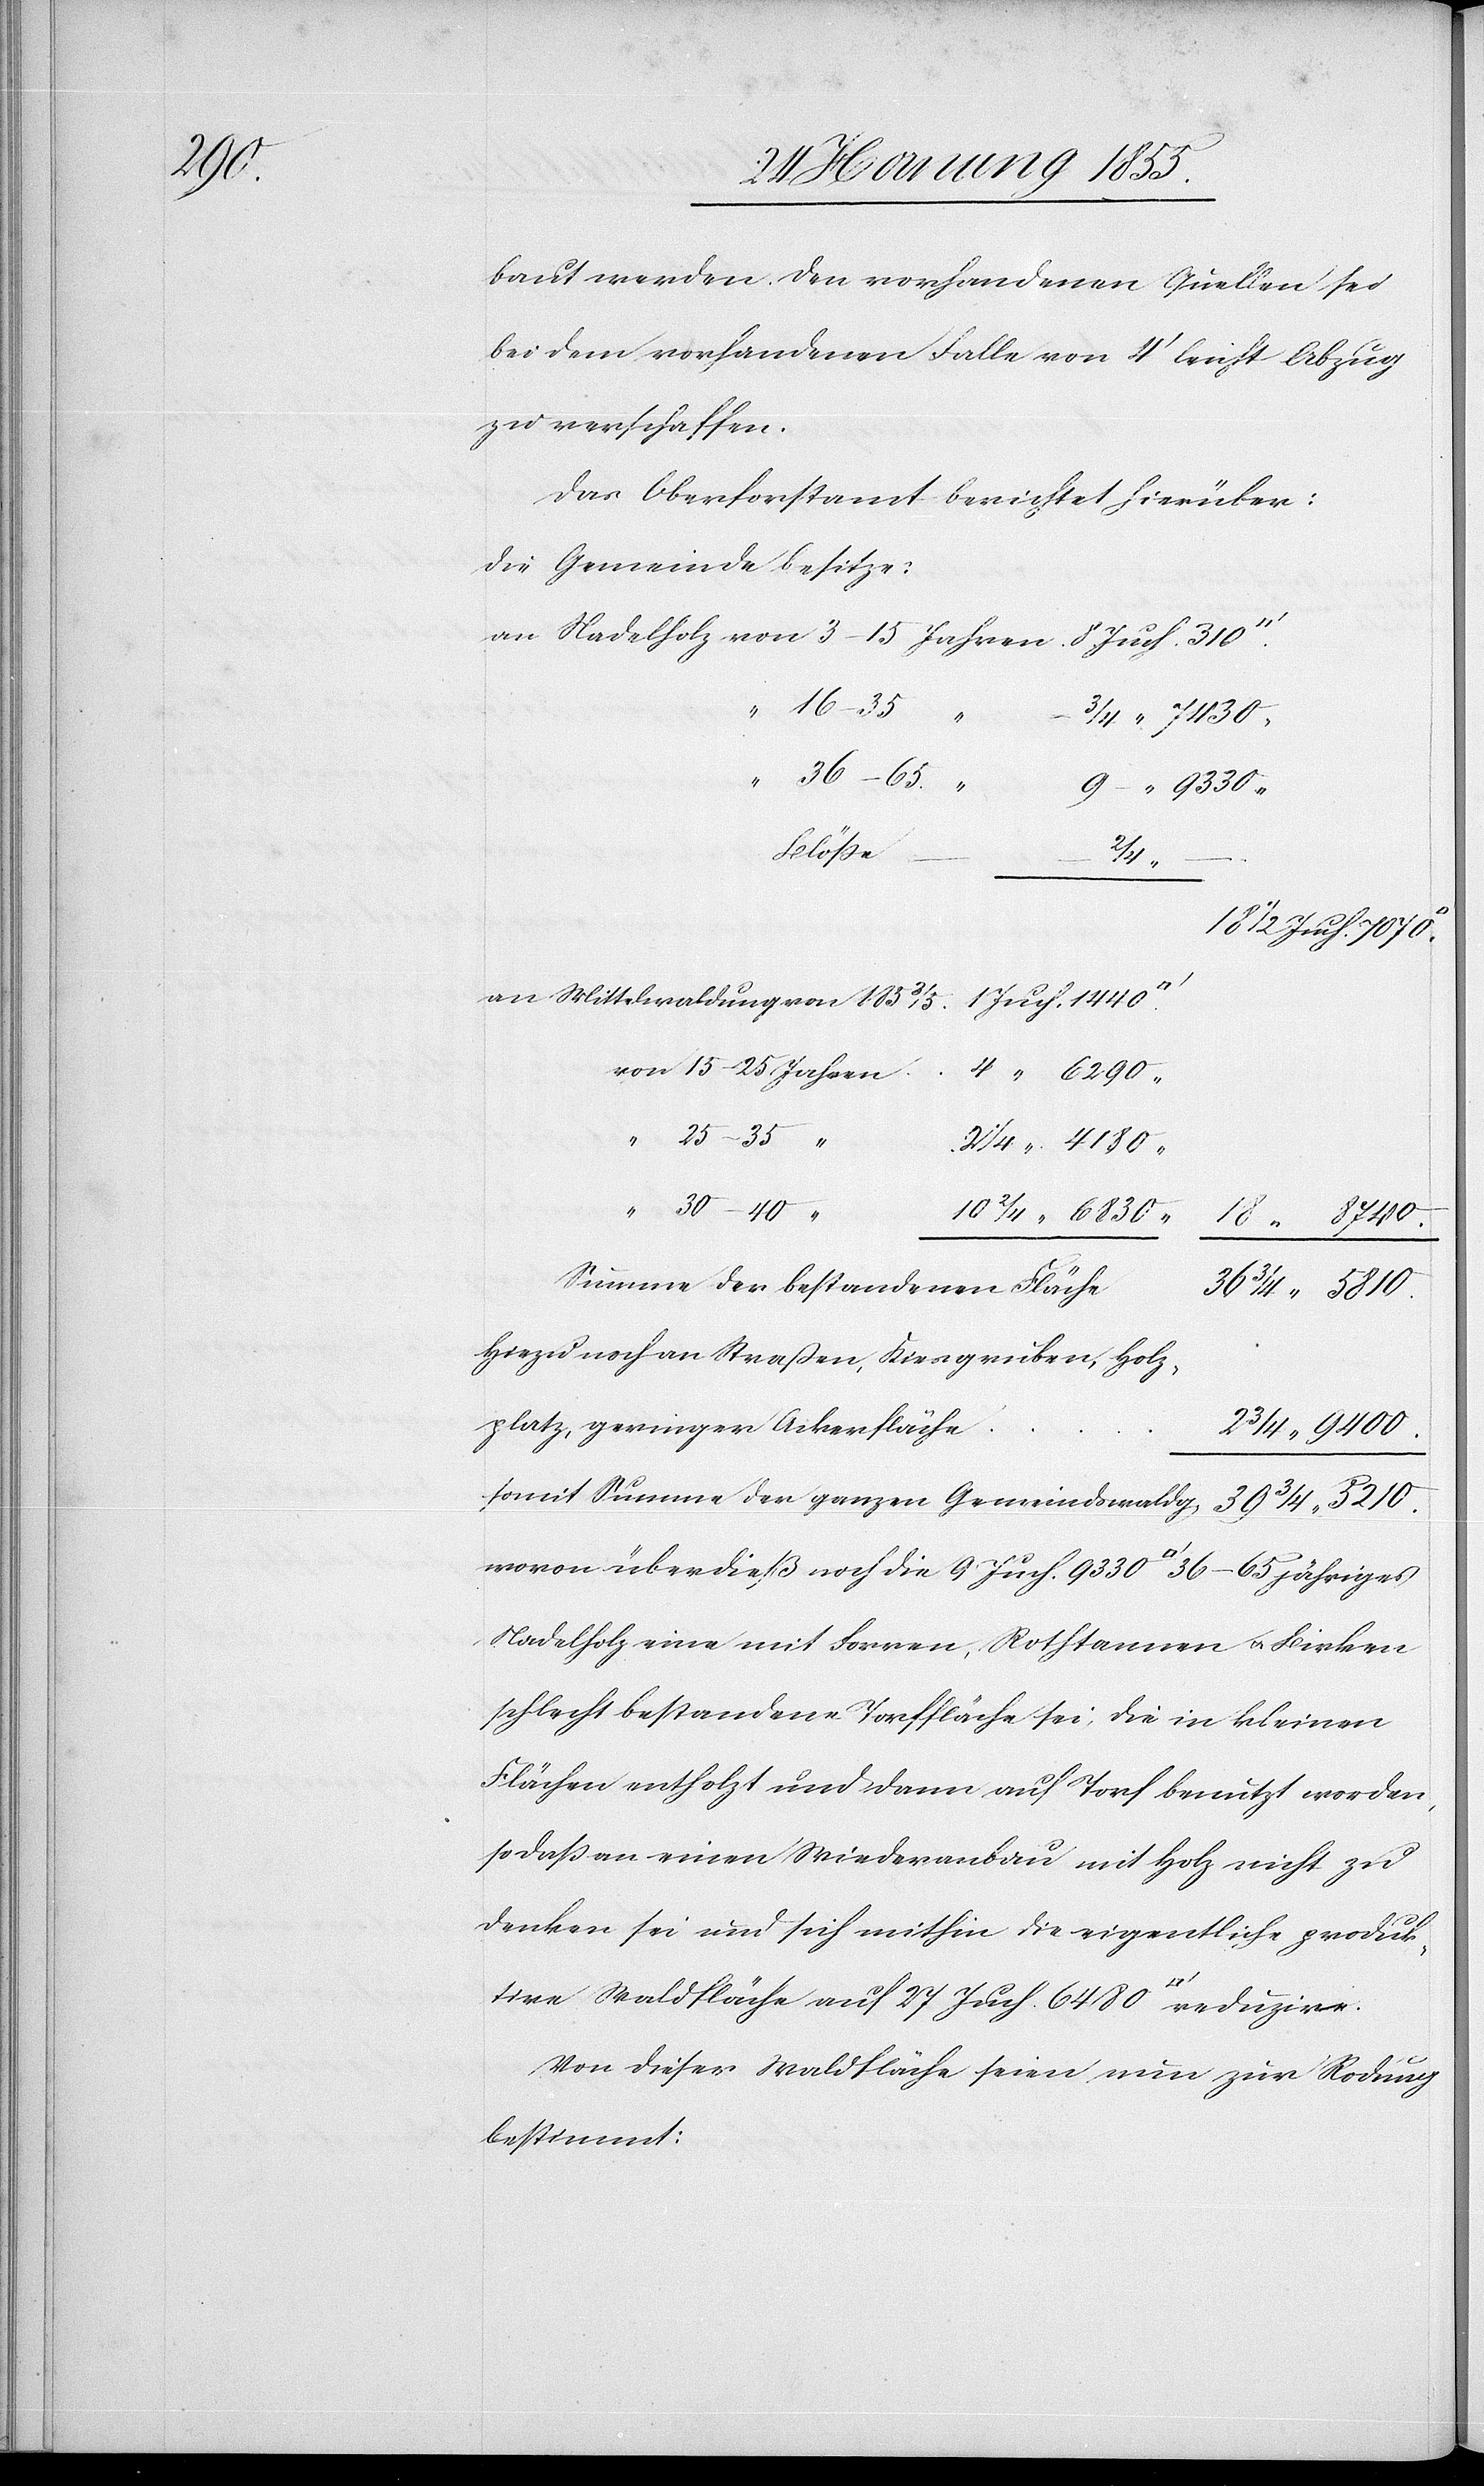
tfuß]

baut werden. Den vorhandenen Quellen sei
bei dem vorhandenen Falle von 4‘ leicht Abzug
zu verschaffen.
Das Oberforstamt berichtet hierüber:
Die Gemeinde besitze:
16–35 “
–
3/4 “ 7430
“ 36–65. “
9 – “ 9330
Blöße
6290
“
18 [Juch.] 8740.
“ 4180
“ 30–40
10 2/4 “ 6830
Summe der bestandenen Fläche
39 3/4 “ 5210.
Hiezu noch an Straßen, Kiesgruben, Holz¬
2
platz, geringer Ackerfläche
3/4 “ 9400.
somit Summe der ganzen Gemeindswald[un]g.
wovon überdieß noch die 9 Juch. 9330 [Quadratfuß] 36–65 jähriges
Nadelholz eine mit Forren, Rothtannen & Birken
schlecht bestandene Torffläche sei, die in kleinen
Flächen entholzt und dann auf Torf benutzt worden,
so daß an einen Wiederanbau mit Holz nicht zu
denken sei und sich mithin die eigentliche produk¬
tive Waldfläche auf 27 Juch. 6480 [Quadra¬
Von dieser Waldfläche seien nun zur Rodung
bestimmt: